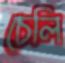
চেলি